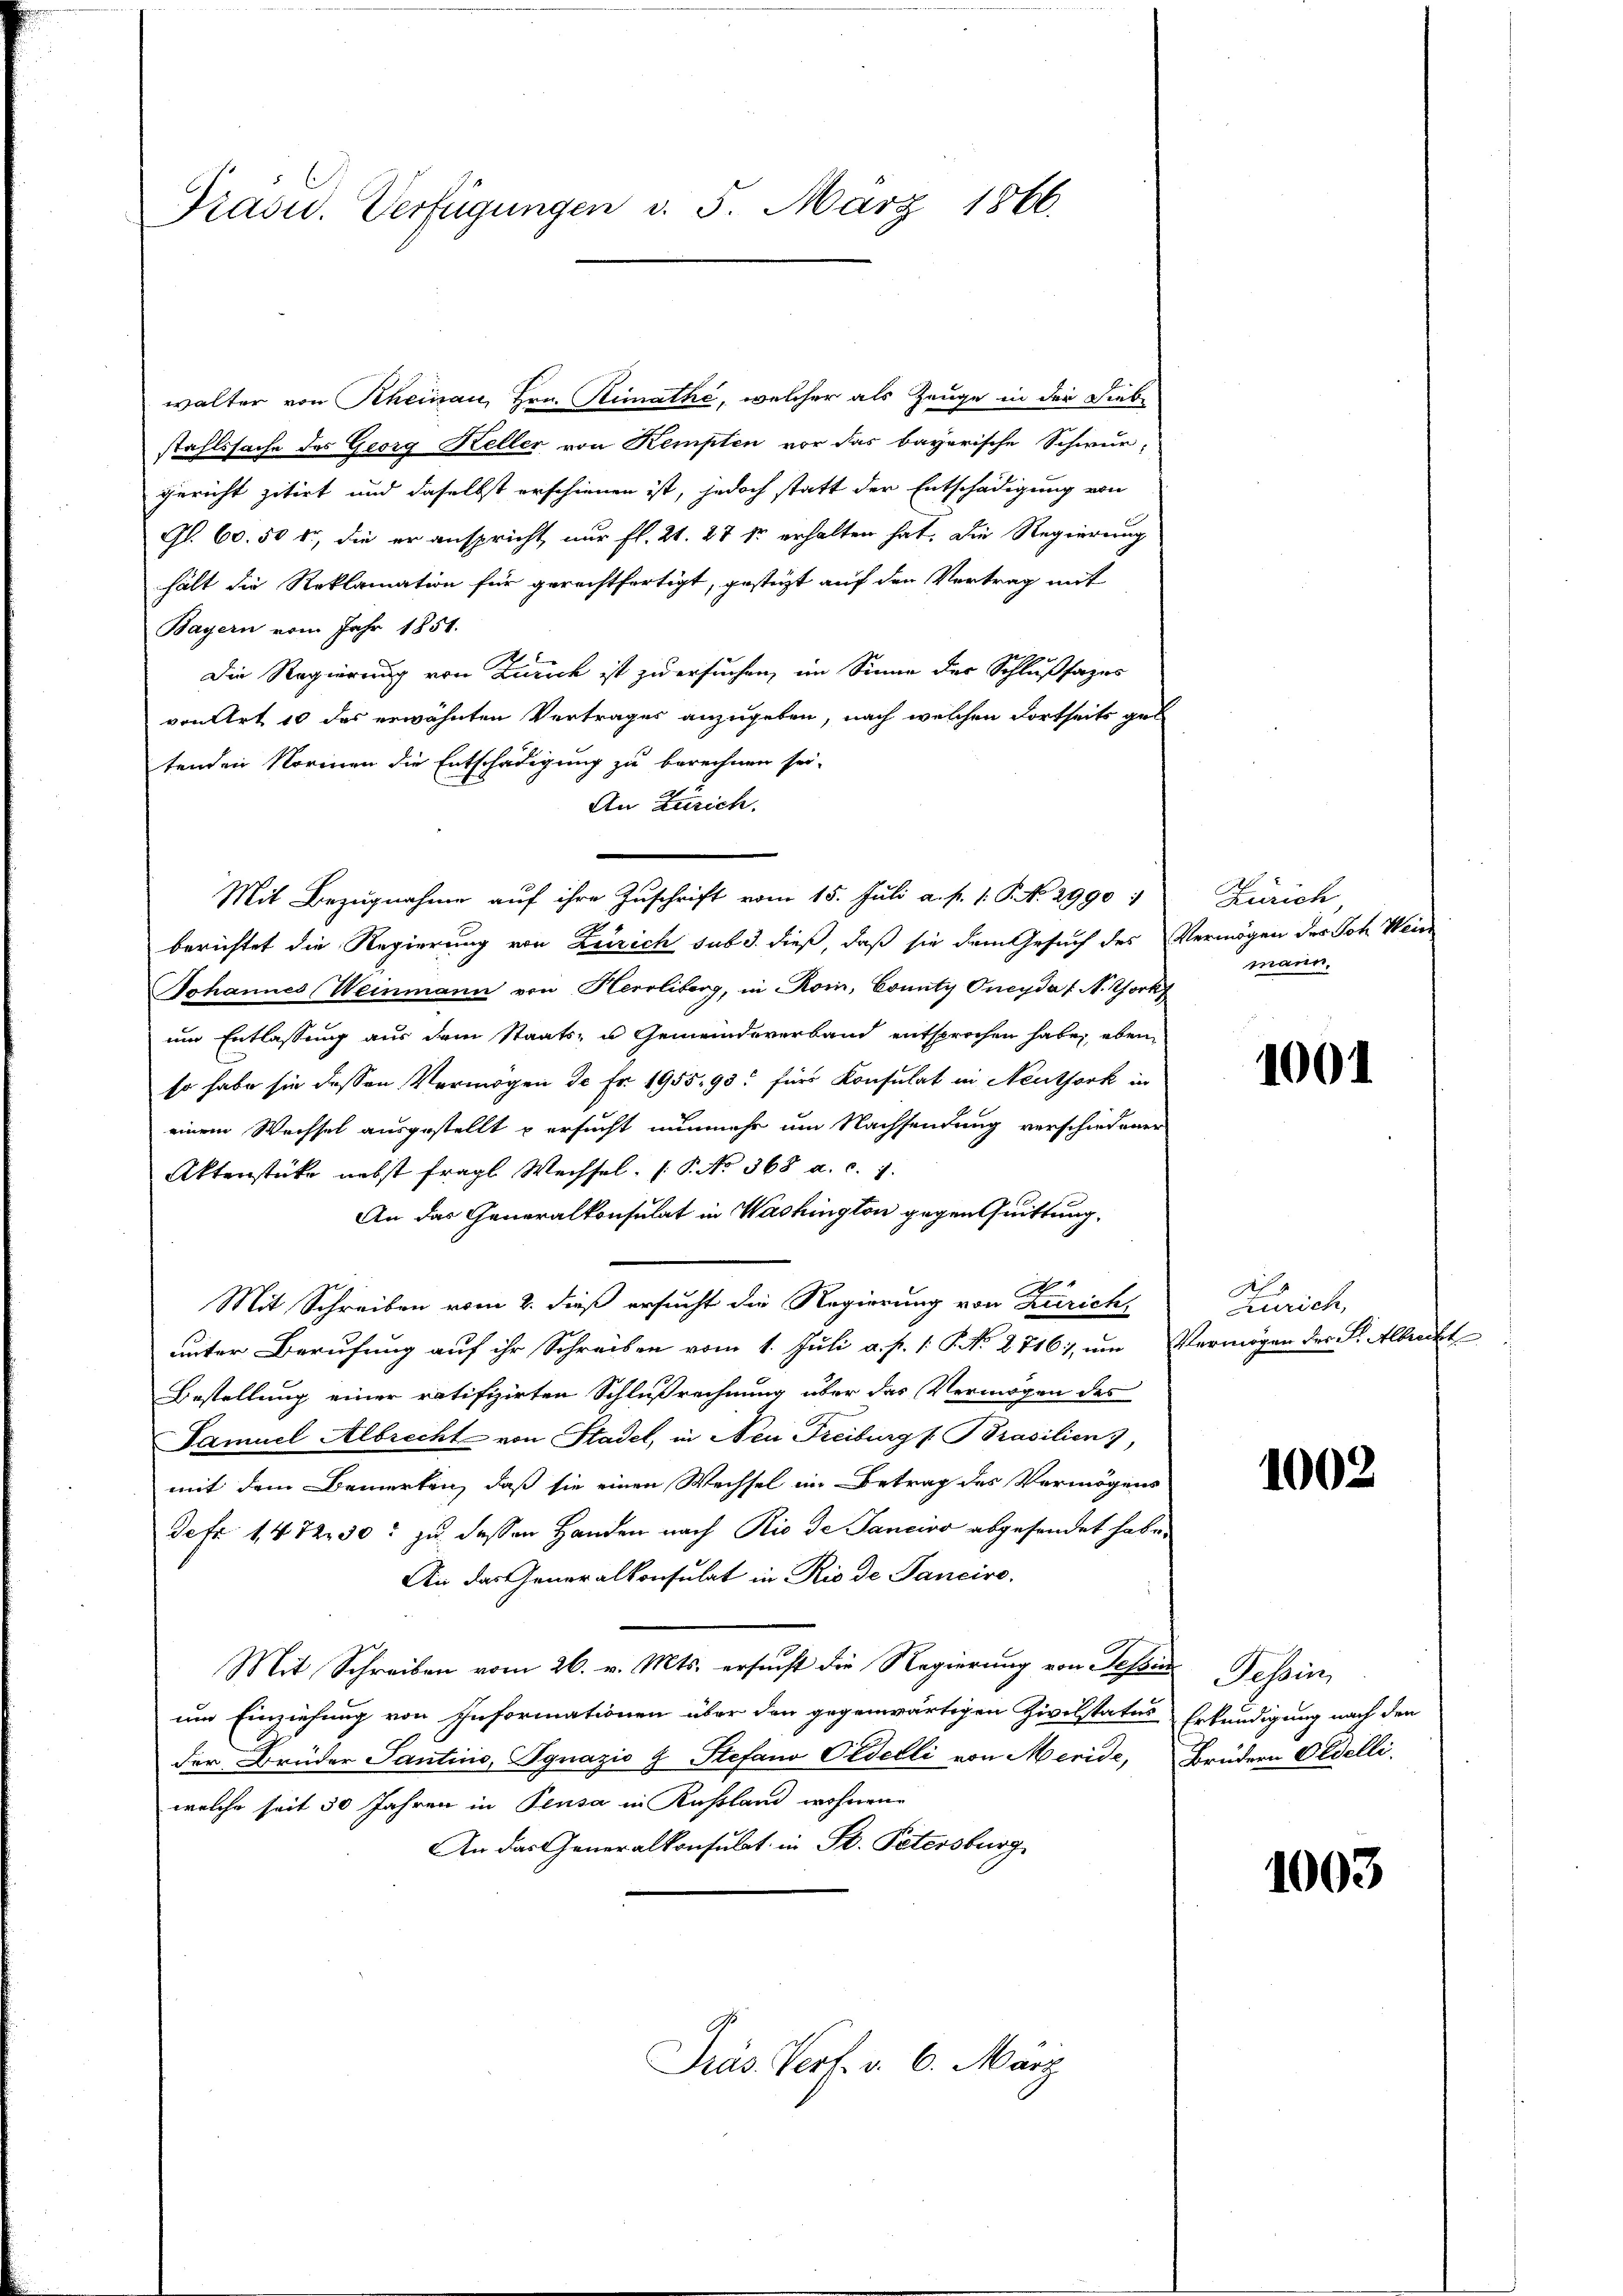
Trasu. Verfügungen d. 5. März 1866.

walter von Rheinau, Hrn. Rimathe, welcher als Zeuge in der Lieb-
stahlssache des Georg Keller von Kempten vor das bayerische Schwur-
gericht zitirt und daselbst erschienen ist, jedoch statt der Entschädigung von
Gl. 60. 50 fr, die er anspricht nur fl. 21. 27 fr erhalten hat. Die Regierung
hält die Reklamation für gerechtfertigt, gesteht auf den Vertrag mit
Bayern vom Jahr 1851.
Die Regierung von Zurick ist zu ersuchen, im Sinne der Schlußfazes
von Art 10 das erwähnten Vertrages anzugeben, nach welchen Fortseits getenden Normen die Entschädigung zu berechnen sei.
An Zürich.
berichtet die Regierung von Zürich sub 3. dieß, daß sie dem Gesuch des Vermögen der Joh. Wein
Johannes Weinmann von Herrliberg, in Rom, County Oncyda (N. York
um Entlassung aus dem Staats- u Gemeindeverband entsprochen habe, eben
so habe sie dessen Vermögen de Fr. 1955, 93 für Konsulat in Neuthork in
einem Wechsel ausgestellt u ersucht nunmehr um Nachsendung verschiedener
Aktenstücke nebst fragl. Wechsel. P. No 368 a. c. 1
An das Generalkonsulat in Washington gegen Quittung,
Mit Schreiben vom 2. dieß ersucht die Regierung von Zürich,
unter Berufung auf ihr Schreiben vom 1. Juli a. p. 1. P. No 2716), um Vermögen der S. Albrecht
Bestellung einer ratifizirten Schlußrechnung über das Vermögen des
Samuel Albrecht von Stadel, in Nei Freiburg u Brasilien),
mit dem Bemerken, daß sie einen Wechsel im Betrag des Vermögens
defe 1472. 30: zu dessen Handen nach Rio de Jancivo abgesendet habe.
An das Generalkonsulat in Rio de Pancire
Mit Schreiben vom 26. v. Mts. ersucht die Regierung von Tessin Tessin,
um Einziehung von Informationen über den gegenwärtigen Zivilstatus Erkundigung nach den
der Brüder Santino, Ignazio & Stefano Pedelli von Meride, Brüdern Oedelli
welche seit 50 Jahren in Pensa in Kußland wohnen
An das Generalkonsulat in St. Petersburg
Dräs Verf. v. 6. März

Mit Bezugnahme auf ihre Zuschrift vom 15. Juli a. p. 1. P. N. 2990:

Zürich
mann,

100f

Zürich,

1002

1003